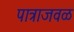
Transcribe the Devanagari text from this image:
पात्राजवळ